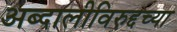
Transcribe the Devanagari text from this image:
अब्दालीविरुद्दच्या